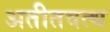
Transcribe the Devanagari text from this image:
अतीतवत्थ